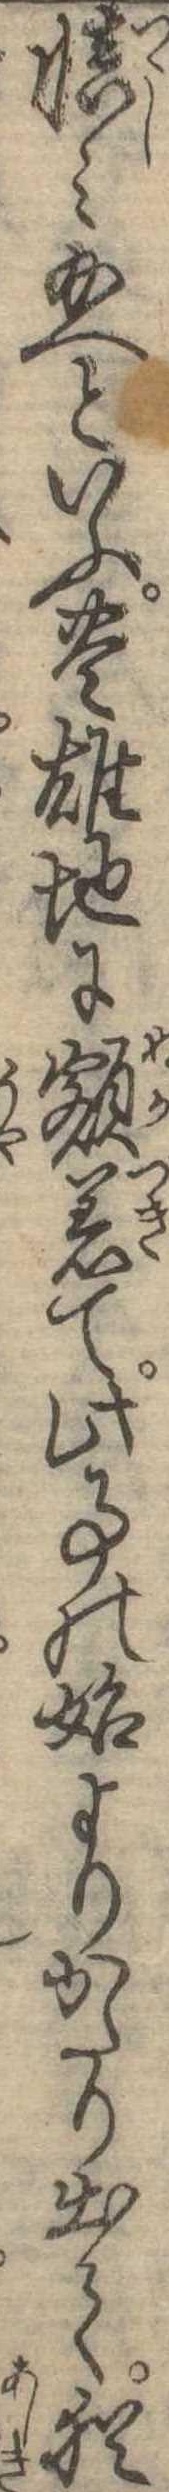
慎み給へといふ豊雄地に額着て此事の始よりかたり出て猶